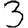
Digit: 3